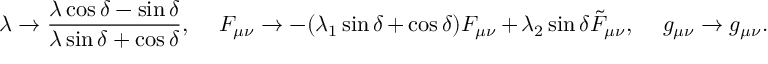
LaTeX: \lambda \to { \frac { \lambda \cos \delta - \sin \delta } { \lambda \sin \delta + \cos \delta } } , \ \ \ \ F _ { \mu \nu } \to - ( \lambda _ { 1 } \sin \delta + \cos \delta ) F _ { \mu \nu } + \lambda _ { 2 } \sin \delta \tilde { F } _ { \mu \nu } , \ \ \ \ g _ { \mu \nu } \to g _ { \mu \nu } .